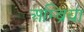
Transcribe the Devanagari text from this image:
अम्ब्रिया